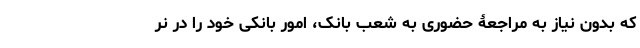
که بدون نیاز به مراجعۀ حضوری به شعب بانک، امور بانکی خود را در نر